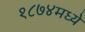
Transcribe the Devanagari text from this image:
१८७४मध्ये